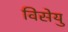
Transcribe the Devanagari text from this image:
विसेयु